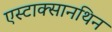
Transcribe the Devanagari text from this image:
एस्टाक्सानथिन